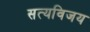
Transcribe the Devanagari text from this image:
सत्यविजय